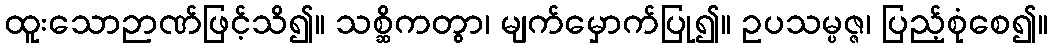
ထူးသောဉာဏ်ဖြင့်သိ၍။ သစ္ဆိကတွာ၊ မျက်မှောက်ပြု၍။ ဥပသမ္ပဇ္ဇ၊ ပြည့်စုံစေ၍။